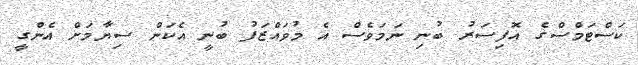
ކަސްޓަމްސްގެ އޮފިސަރު ބުނި ނަމަވެސް އެ މުވައްޒަފު ބުނީ އެކަން ސިޔާމަށް އެންގީ